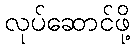
လုပ်ဆောင်ဖို့